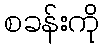
စခန်းကို